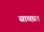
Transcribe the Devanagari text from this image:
साच्छात